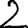
Digit: 2